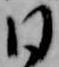
日